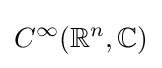
C^{\infty }(\mathbb {R} ^{n},\mathbb {C} )